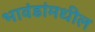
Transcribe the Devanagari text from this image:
भावंडांमधील